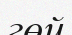
гөй